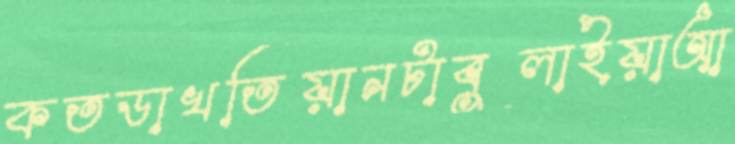
কতডাখতিয়ানটাবুলাইয়াআ